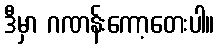
ဒီမှာ ဂဏန်းကော့တေးပါ။